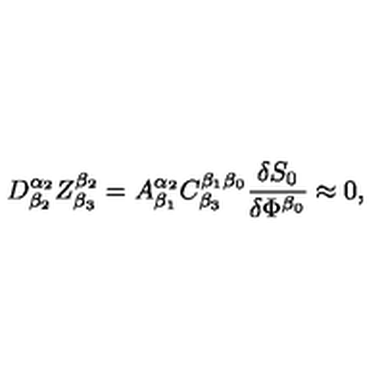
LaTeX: D _ { \beta _ { 2 } } ^ { \alpha _ { 2 } } Z _ { \beta _ { 3 } } ^ { \beta _ { 2 } } = A _ { \beta _ { 1 } } ^ { \alpha _ { 2 } } C _ { \beta _ { 3 } } ^ { \beta _ { 1 } \beta _ { 0 } } \frac { \delta S _ { 0 } } { \delta \Phi ^ { \beta _ { 0 } } } \approx 0 ,